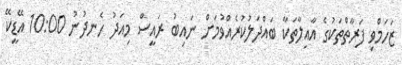
ޒަހަމްވި ފަރާތްތަކުގެ އާއިލާތަކާ ބައްދަލުކުރެއްވުމަށް ނައިބު ރައީސް މިއަދު ހެނދުނު 10:00 އޭޑީކޭ